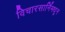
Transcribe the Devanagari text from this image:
विचारसार्निमधून